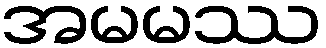
အမမဿ